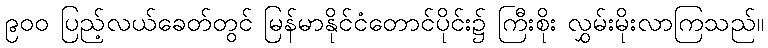
၉၀၀ ပြည့်လယ်ခေတ်တွင် မြန်မာနိုင်ငံတောင်ပိုင်း၌ ကြီးစိုး လွှမ်းမိုးလာကြသည်။